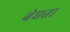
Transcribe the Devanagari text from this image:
बेघता